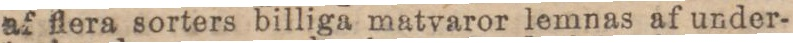
af flera sorters billiga matvaror lemnas af under-